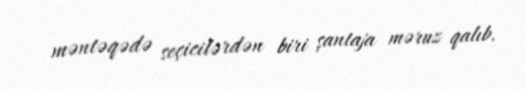
məntəqədə seçicilərdən biri şantaja məruz qalıb.